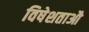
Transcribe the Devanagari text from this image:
विषेशताऔ